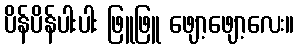
ပိန်ပိန်ပါးပါး ဖြူဖြူ ဖျော့ဖျော့လေး။